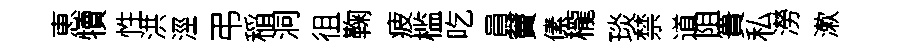
恵犢性洪涇弔稲洞徂鞠疲槛吃員竇傃櫳琰禁道阻簣私澇漱